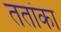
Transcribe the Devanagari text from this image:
ततांका